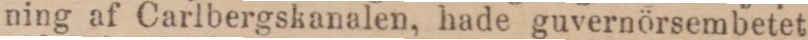
ning af Carlbergskanalen, hade guvernörsembetet